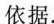
依据。